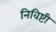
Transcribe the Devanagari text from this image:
निविष्टी